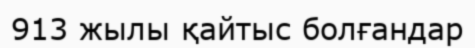
913 жылы қайтыс болғандар